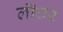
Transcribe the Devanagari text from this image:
लॉंचर